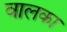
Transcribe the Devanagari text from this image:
वालका